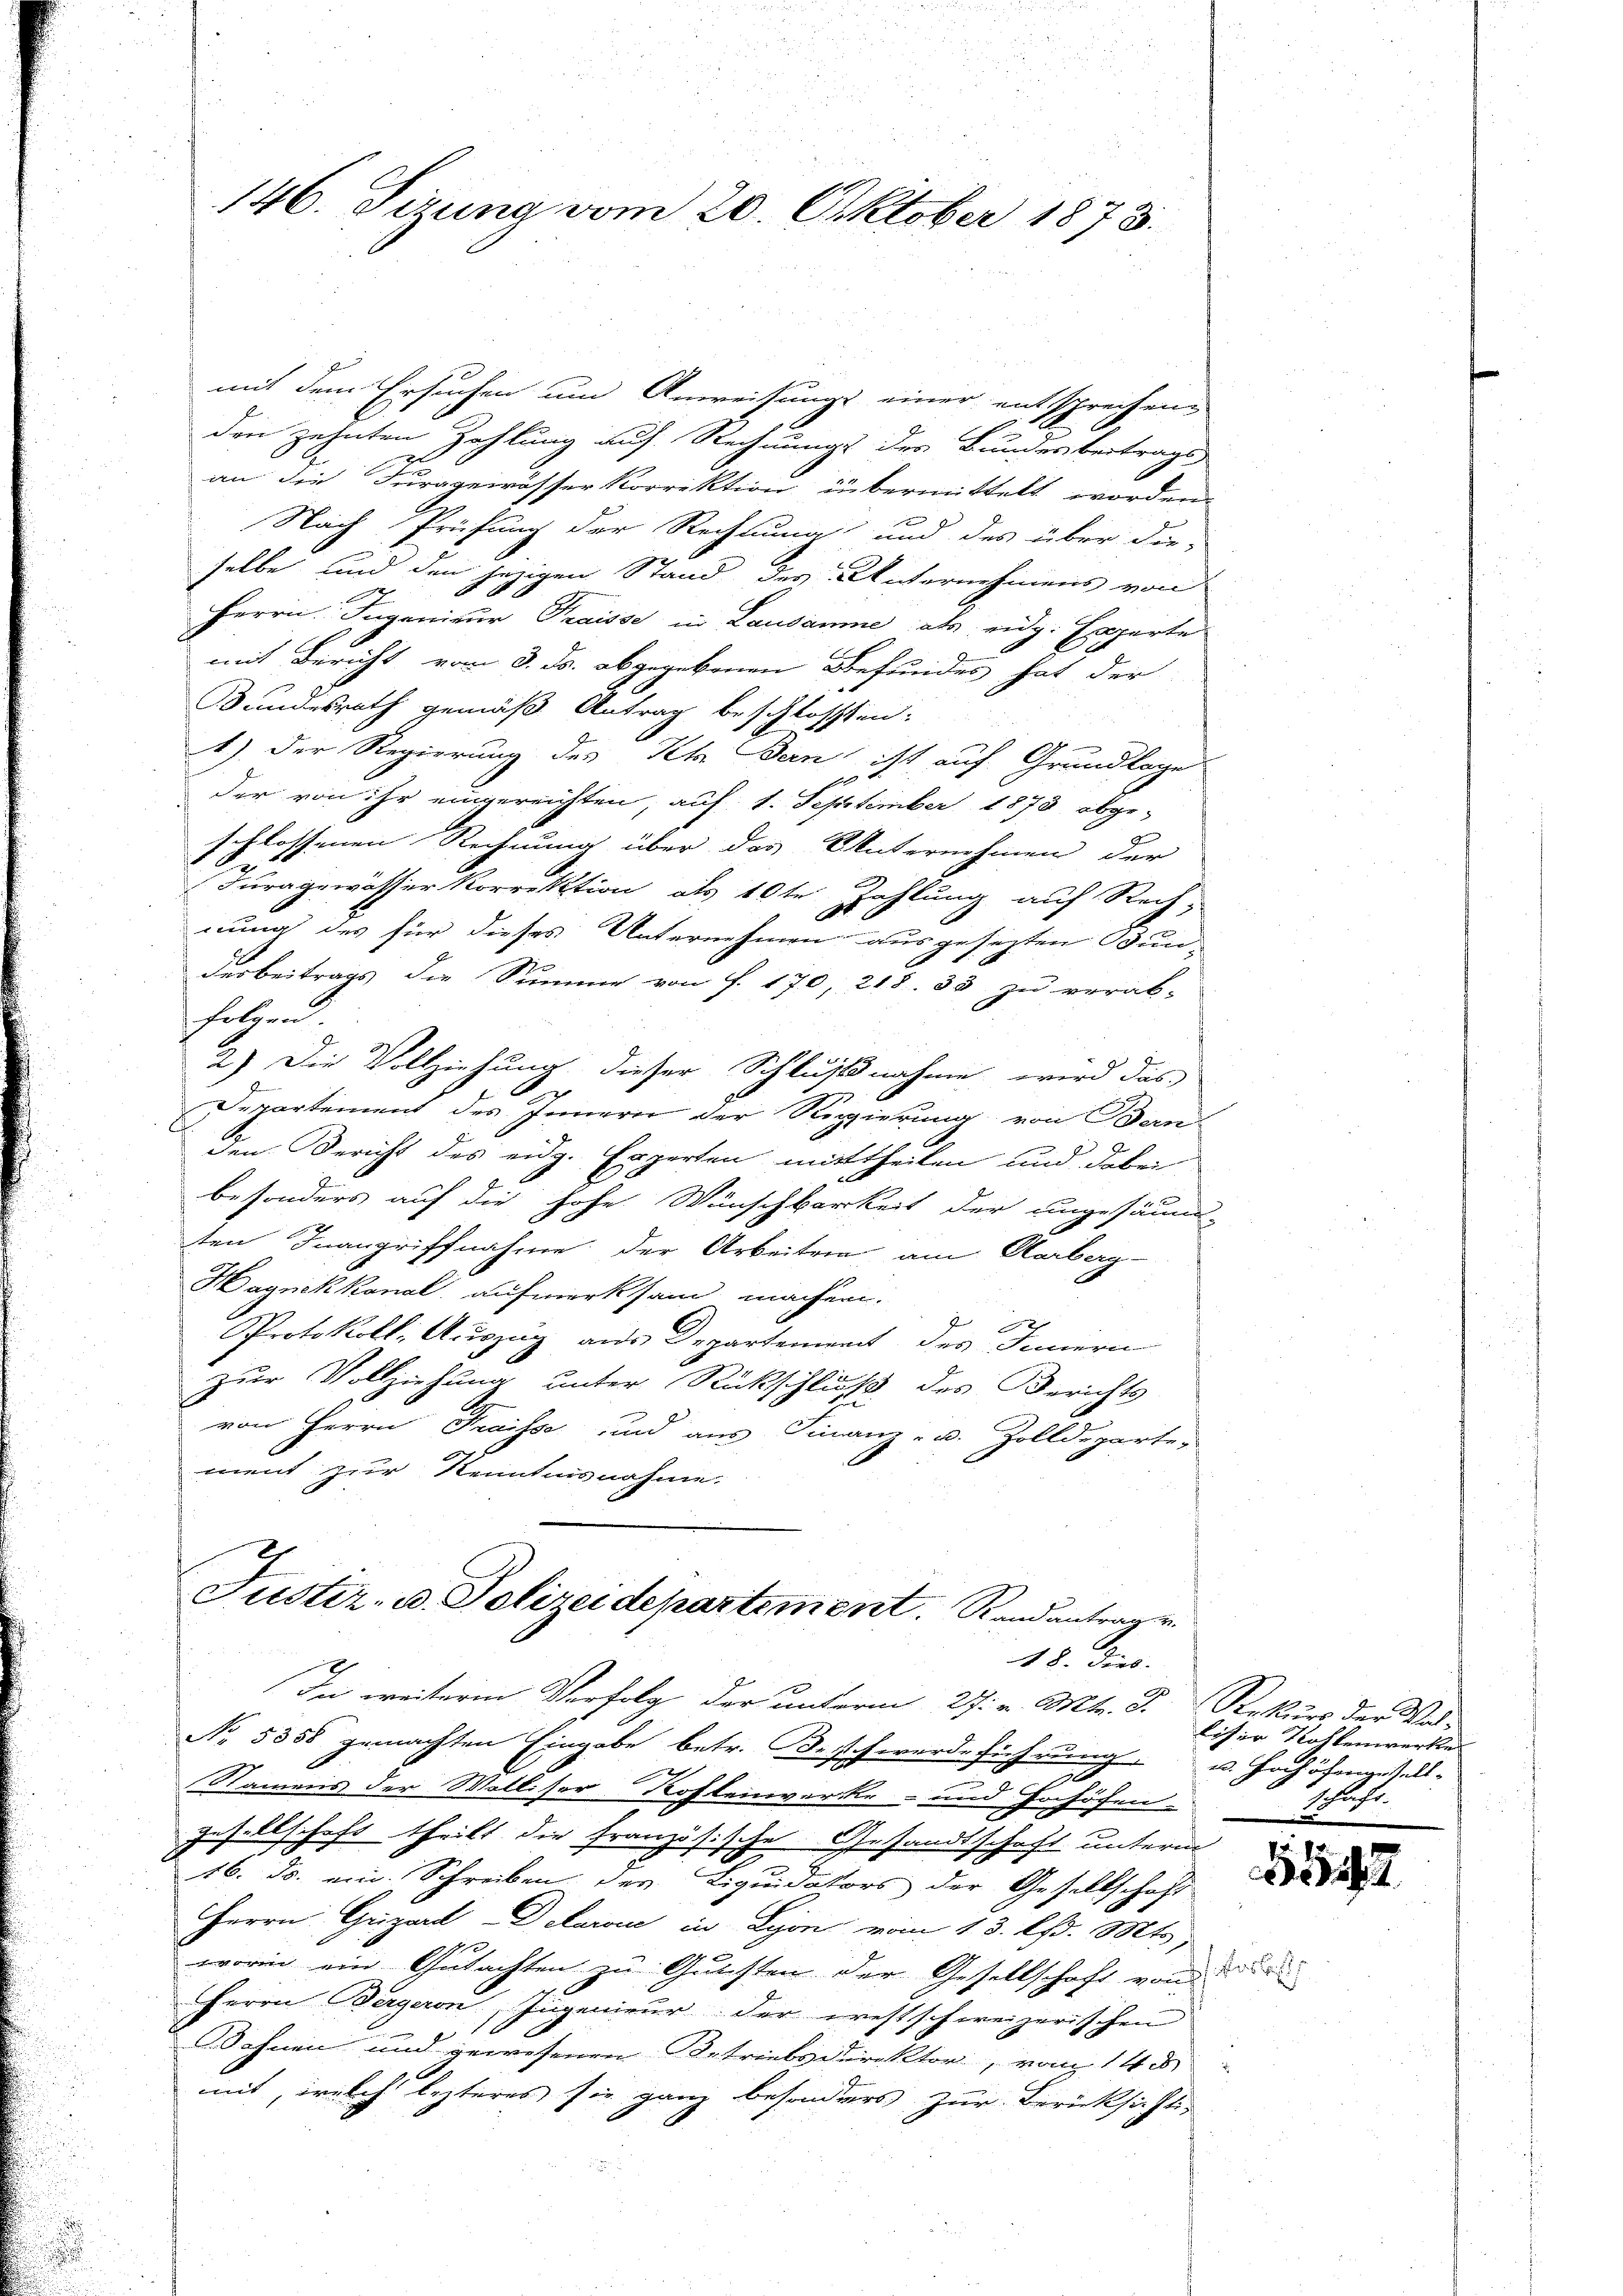
mit dem Ersuchen um Anweisungs einer entsprechen
den zehnten Zahlung auf Rechnungs des Bundesbeitrags-
an die Furggewässer Korrektion übermittelt worden.
Nach Prüfung der Rechnung und des über die-
selbe und den jezigen Stand des Unternehmens von
f
Herrn Ingenieur Fraisse in Lausamme als eidg. Experte
mit Bericht vom 3. ds. abgegebenen Befundes hat der
Bundesrath gemäß Antrag beschlossen:
1.) Der Regierung des Kt. Bern ist auf Grundlage
der von ihr eingereichten, auf 1. September 1873 abge-
schlossenen Rechnung über das Unternehmen der
Furagewässer Korrektion als 10te Zahlung auf Rech-
e
nung des für dieses Unternehmen ausgesezten Bun-
darbeitrags die Summe von J. 170, 218. 33 zu verab-
folgen.
J
2.) Die Vollziehung dieser Schlußnahme wird das
Departement des Innern der Regierung von Banden Bericht des eidg. Experten mittheilen und dabei
besonders auf die hohe Wünschbarkeit der ungesäum-
ten Inangriffnahme der Arbeiten am Aarberg-
Hagnekkanal aufmerksam machen.
Protokoll. Auszug aus Departement des Innern
zur Vollziehung unter Rückschluß des Berichts
von Herrn Fraisse und aus Finanz- u. Zolldeparte
ment zur Kenntnisnahme.

146. Sizung vom 20. Oktober 1873.

Justiz- u. Polizeidepartement. Randantrage
18. dies.

In weitere Verfolg der unterm 27. v. Mts. d. Rekurs der Vor-
No. 5358 gemachten Eingabe betr. Beschwerdeführung u. Hochöfengestall-
Namens der Walliser Kohlenwerke
Inhöfen.
.
gesellschaft theilt die französische Gesandtschaft unterm
16. ds. ein Schreiben der Liquidators der Gesellschaft
Herrn Grizarl Delaroć in Lyon vom 13. lfd. Mts.,
worin ein Gutachten zu Gutesten der Gesellschaft von
Herrn Bergeron, Ingenieur der westschweizerischen
Sohnen und gewesenen Betriebsdirektor, vom 14 d
mit, welch lezteres sie ganz besonders zur Berücksichti-

liser Rottenwerke
schaft.

542